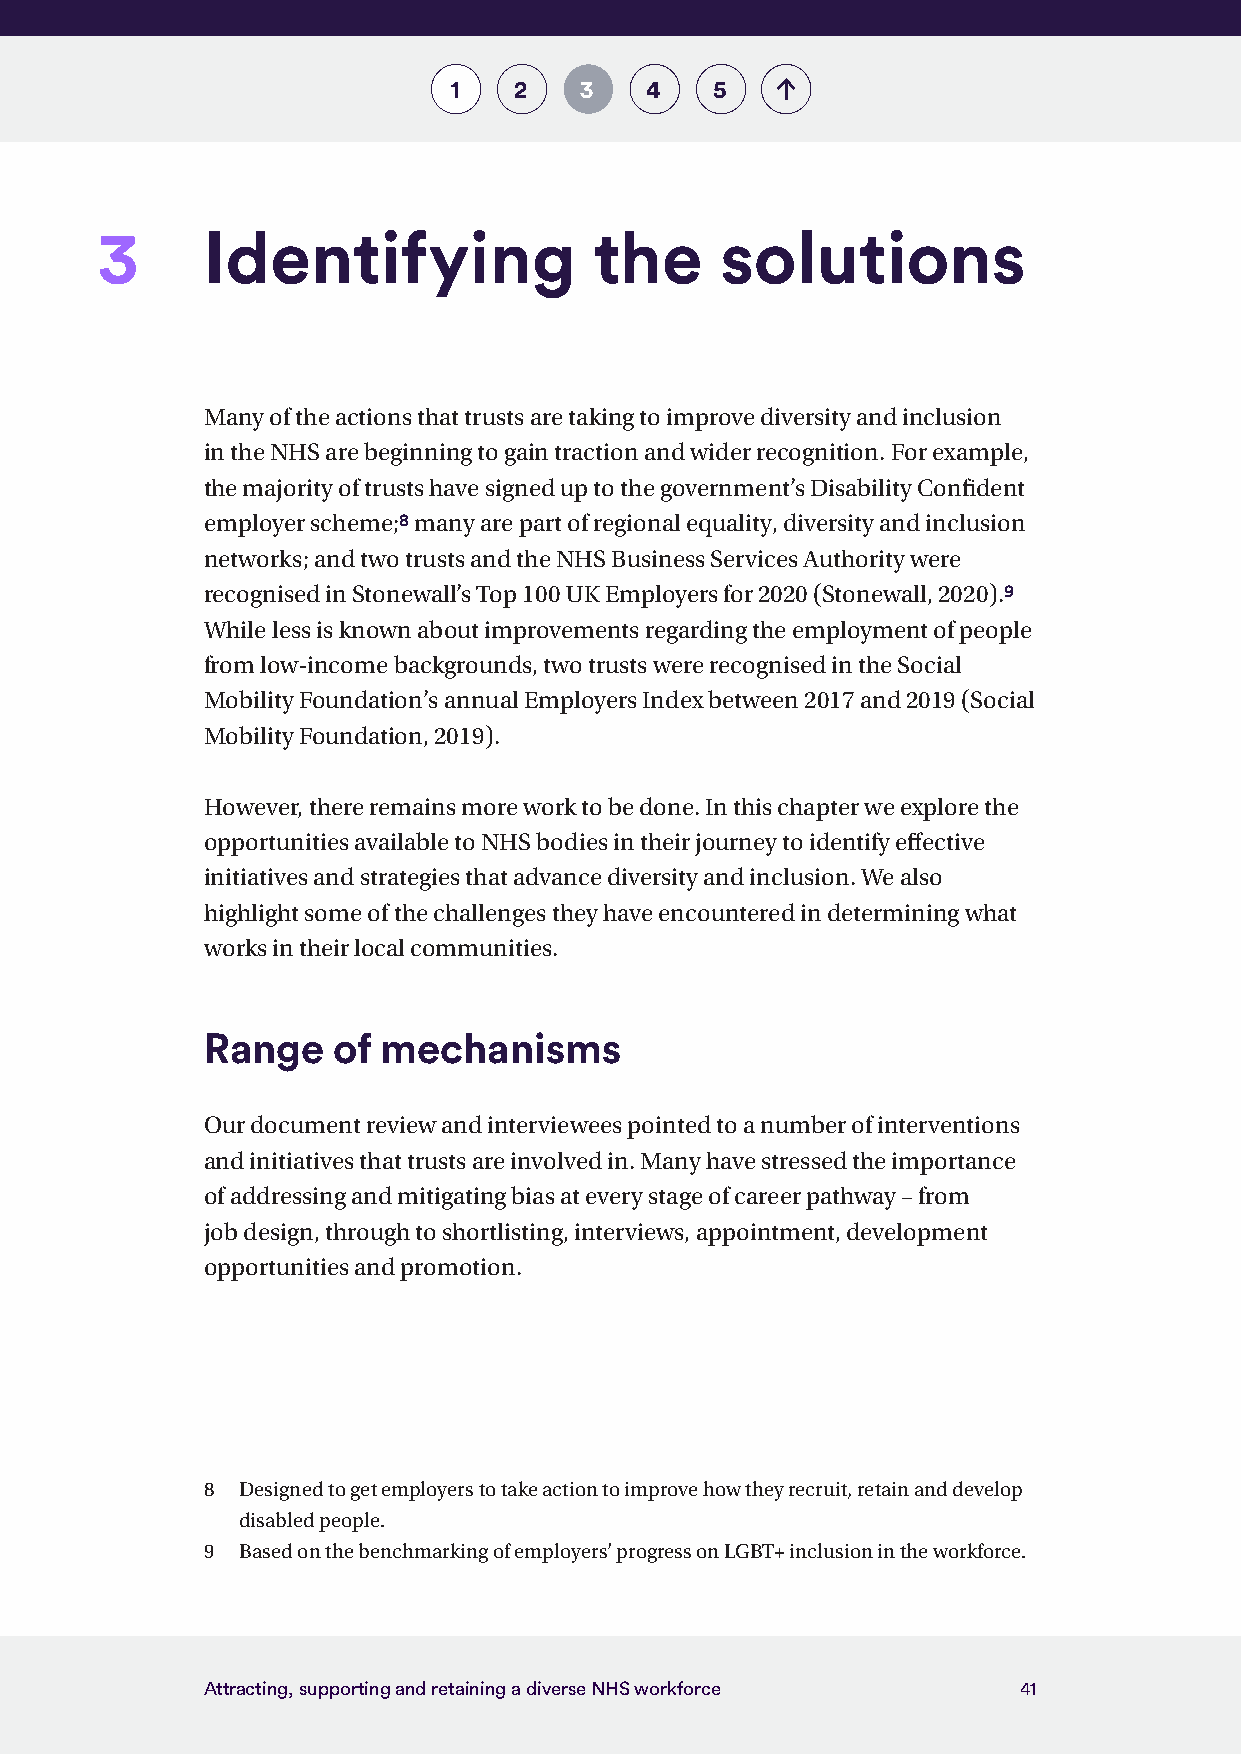
1   2   3    4   5
 3      Identifying               the      solutions
 Many of the actions that trusts are taking to improve diversity and inclusion
 in the NHS are beginning to gain traction and wider recognition. For example,
 the majority of trusts have signed up to the government’s Disability Confident
 employer scheme;8 many are part of regional equality, diversity and inclusion
 networks; and two trusts and the NHS Business Services Authority were
 recognised in Stonewall’s Top 100 UK Employers for 2020 (Stonewall, 2020).9
 While less is known about improvements regarding the employment of people
 from low-income backgrounds, two trusts were recognised in the Social
 Mobility Foundation’s annual Employers Index between 2017 and 2019 (Social
 Mobility Foundation, 2019).
 However, there remains more work to be done. In this chapter we explore the
 opportunities available to NHS bodies in their journey to identify effective
 initiatives and strategies that advance diversity and inclusion. We also
 highlight some of the challenges they have encountered in determining what
 works in their local communities.
 Range    of mechanisms
 Our document review and interviewees pointed to a number of interventions
 and initiatives that trusts are involved in. Many have stressed the importance
 of addressing and mitigating bias at every stage of career pathway – from
 job design, through to shortlisting, interviews, appointment, development
 opportunities and promotion.
 8  Designed to get employers to take action to improve how they recruit, retain and develop
 disabled people.
 9  Based on the benchmarking of employers’ progress on LGBT+ inclusion in the workforce.
 AAttttrraaccttiinngg,, ssuuppppoorrttiinngg aanndd rreettaaiinniinngg aa ddiivveerrssee NNHHSS wwoorrkkffoorrccee 4411